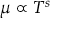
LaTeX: \mu \propto T ^ { s }